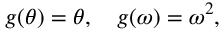
g ( \theta ) = \theta , \quad g ( \omega ) = \omega ^ { 2 } ,